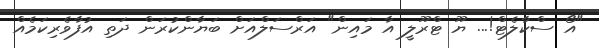
"އޯ ސްކާލެޓް!... ޔޫ ޓްރޫލީ އާ މައިން" އަރްސަލްއަށް ބަޔާންކުރަން ދަތި އުފާވެރިކަމެއް